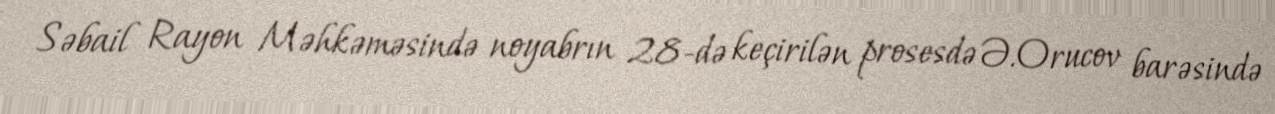
Səbail Rayon Məhkəməsində noyabrın 28-də keçirilən prosesdə Ə.Orucov barəsində